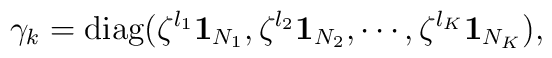
\gamma_k={\rm diag}(\zeta^{l_1}{\bf 1}_{N_{1}},\zeta^{l_2}{\bf 1}_{N_{2}},\cdots,\zeta^{l_K}{\bf 1}_{N_K}),